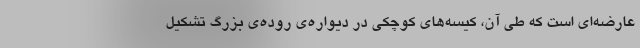
عارضه‌ای است که طی آن، کیسه‌های کوچکی در دیواره‌ی روده‌ی بزرگ تشکیل